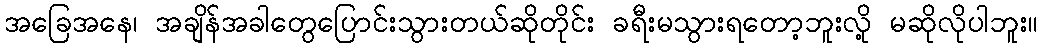
အခြေအနေ၊ အချိန်အခါတွေပြောင်းသွားတယ်ဆိုတိုင်း ခရီးမသွားရတော့ဘူးလို့ မဆိုလိုပါဘူး။